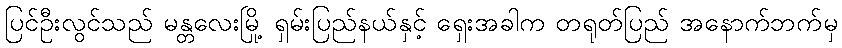
ပြင်ဦးလွင်သည် မန္တလေးမြို့ ရှမ်းပြည်နယ်နှင့် ရှေးအခါက တရုတ်ပြည် အနောက်ဘက်မှ